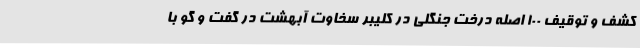
کشف و توقیف 100 اصله درخت جنگلی در کلیبر سخاوت آبهشت در گفت و گو با